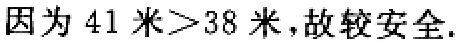
因为 \(41\) 米\(>38\) 米，故较安全.